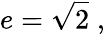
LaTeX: e={\sqrt{2}}\; ,